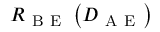
R _ { \mathrm { ~ B ~ E ~ } } \left( D _ { \mathrm { ~ A ~ E ~ } } \right)